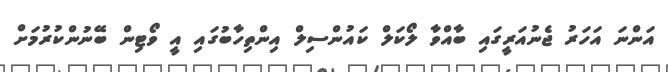
އަންނަ އަހަރު ޖެނުއަރީގައި ބާއްވާ ލޯކަލް ކައުންސިލް އިންތިހާބުގައި އީ ވޯޓިން ބޭނުންކުރުމަށް